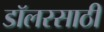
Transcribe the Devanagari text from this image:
डॉलरसाठी